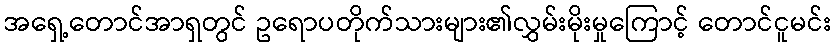
အရှေ့တောင်အာရှတွင် ဥရောပတိုက်သားများ၏လွှမ်းမိုးမှုကြောင့် တောင်ငူမင်း